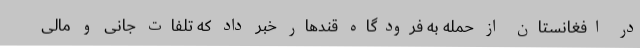
در افغانستان از حمله به فرودگاه قندهار خبر داد که تلفات جانی و مالی